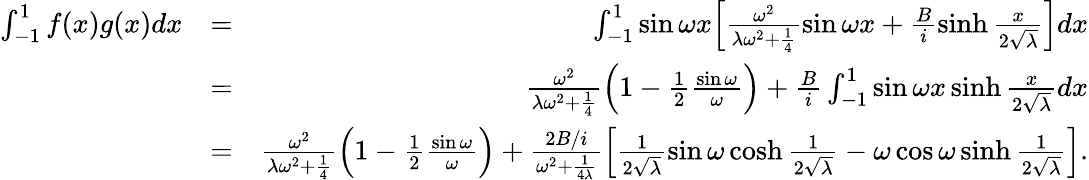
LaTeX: \begin{array}{rlr}{\int_{-1}^{1}f(x)g(x)dx}&{=}&{\int_{-1}^{1}\sin\omega x\Big[\frac{\omega^{2}}{\lambda\omega^{2}+\frac{1}{4}}\sin\omega x+\frac{B}{i}\sinh\frac{x}{2\sqrt{\lambda}}\Big]dx}\\ &{=}&{\frac{\omega^{2}}{\lambda\omega^{2}+\frac{1}{4}}\Big(1-\frac{1}{2}\frac{\sin\omega}{\omega}\Big)+\frac{B}{i}\int_{-1}^{1}\sin\omega x\sinh\frac{x}{2\sqrt{\lambda}}dx}\\ &{=}&{\frac{\omega^{2}}{\lambda\omega^{2}+\frac{1}{4}}\Big(1-\frac{1}{2}\frac{\sin\omega}{\omega}\Big)+\frac{2B/i}{\omega^{2}+\frac{1}{4\lambda}}\Big[\frac{1}{2\sqrt{\lambda}}\sin\omega\cosh\frac{1}{2\sqrt{\lambda}}-\omega\cos\omega\sinh\frac{1}{2\sqrt{\lambda}}\Big].}\end{array}